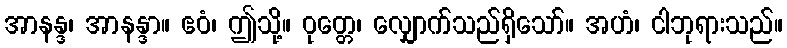
အာနန္ဒ၊ အာနန္ဒာ။ ဧဝံ၊ ဤသို့။ ဝုတ္တေ၊ လျှောက်သည်ရှိသော်။ အဟံ၊ ငါဘုရားသည်။